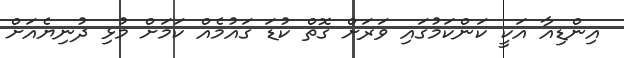
އިންޑިއާ އަކީ ކަންކަމުގައި ވަރަށް ގޮތް ކުޑަ ގައުމެއްް ކަމަށް މުޅި ދުނިޔެއަށް